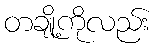
တချို့ကိုလည်း